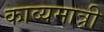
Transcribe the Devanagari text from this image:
काव्यमात्री